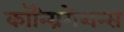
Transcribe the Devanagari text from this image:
कॉन्ग्रिगेशन्स